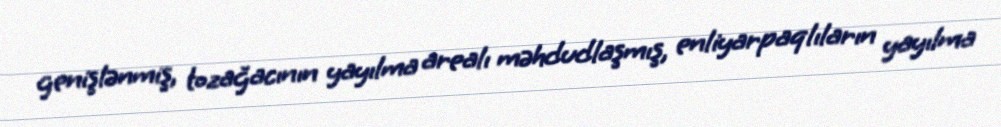
genişlənmiş, tozağacının yayılma arealı məhdudlaşmış, enliyarpaqlıların yayılma